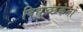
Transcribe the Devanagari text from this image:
विद्युच्छंकेतों